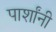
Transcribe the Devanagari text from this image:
पार्शांनी